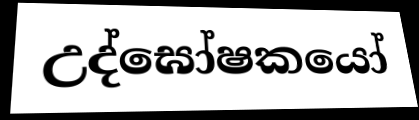
උද්ඝෝෂකයෝ